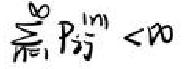
\sum_{n = 1}^{\infty}p_{ij}^{n}<\infty